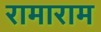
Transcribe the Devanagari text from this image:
रामाराम